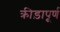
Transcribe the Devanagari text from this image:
क्रीड़ापूर्ण